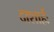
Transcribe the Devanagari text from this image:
दाशार्हः